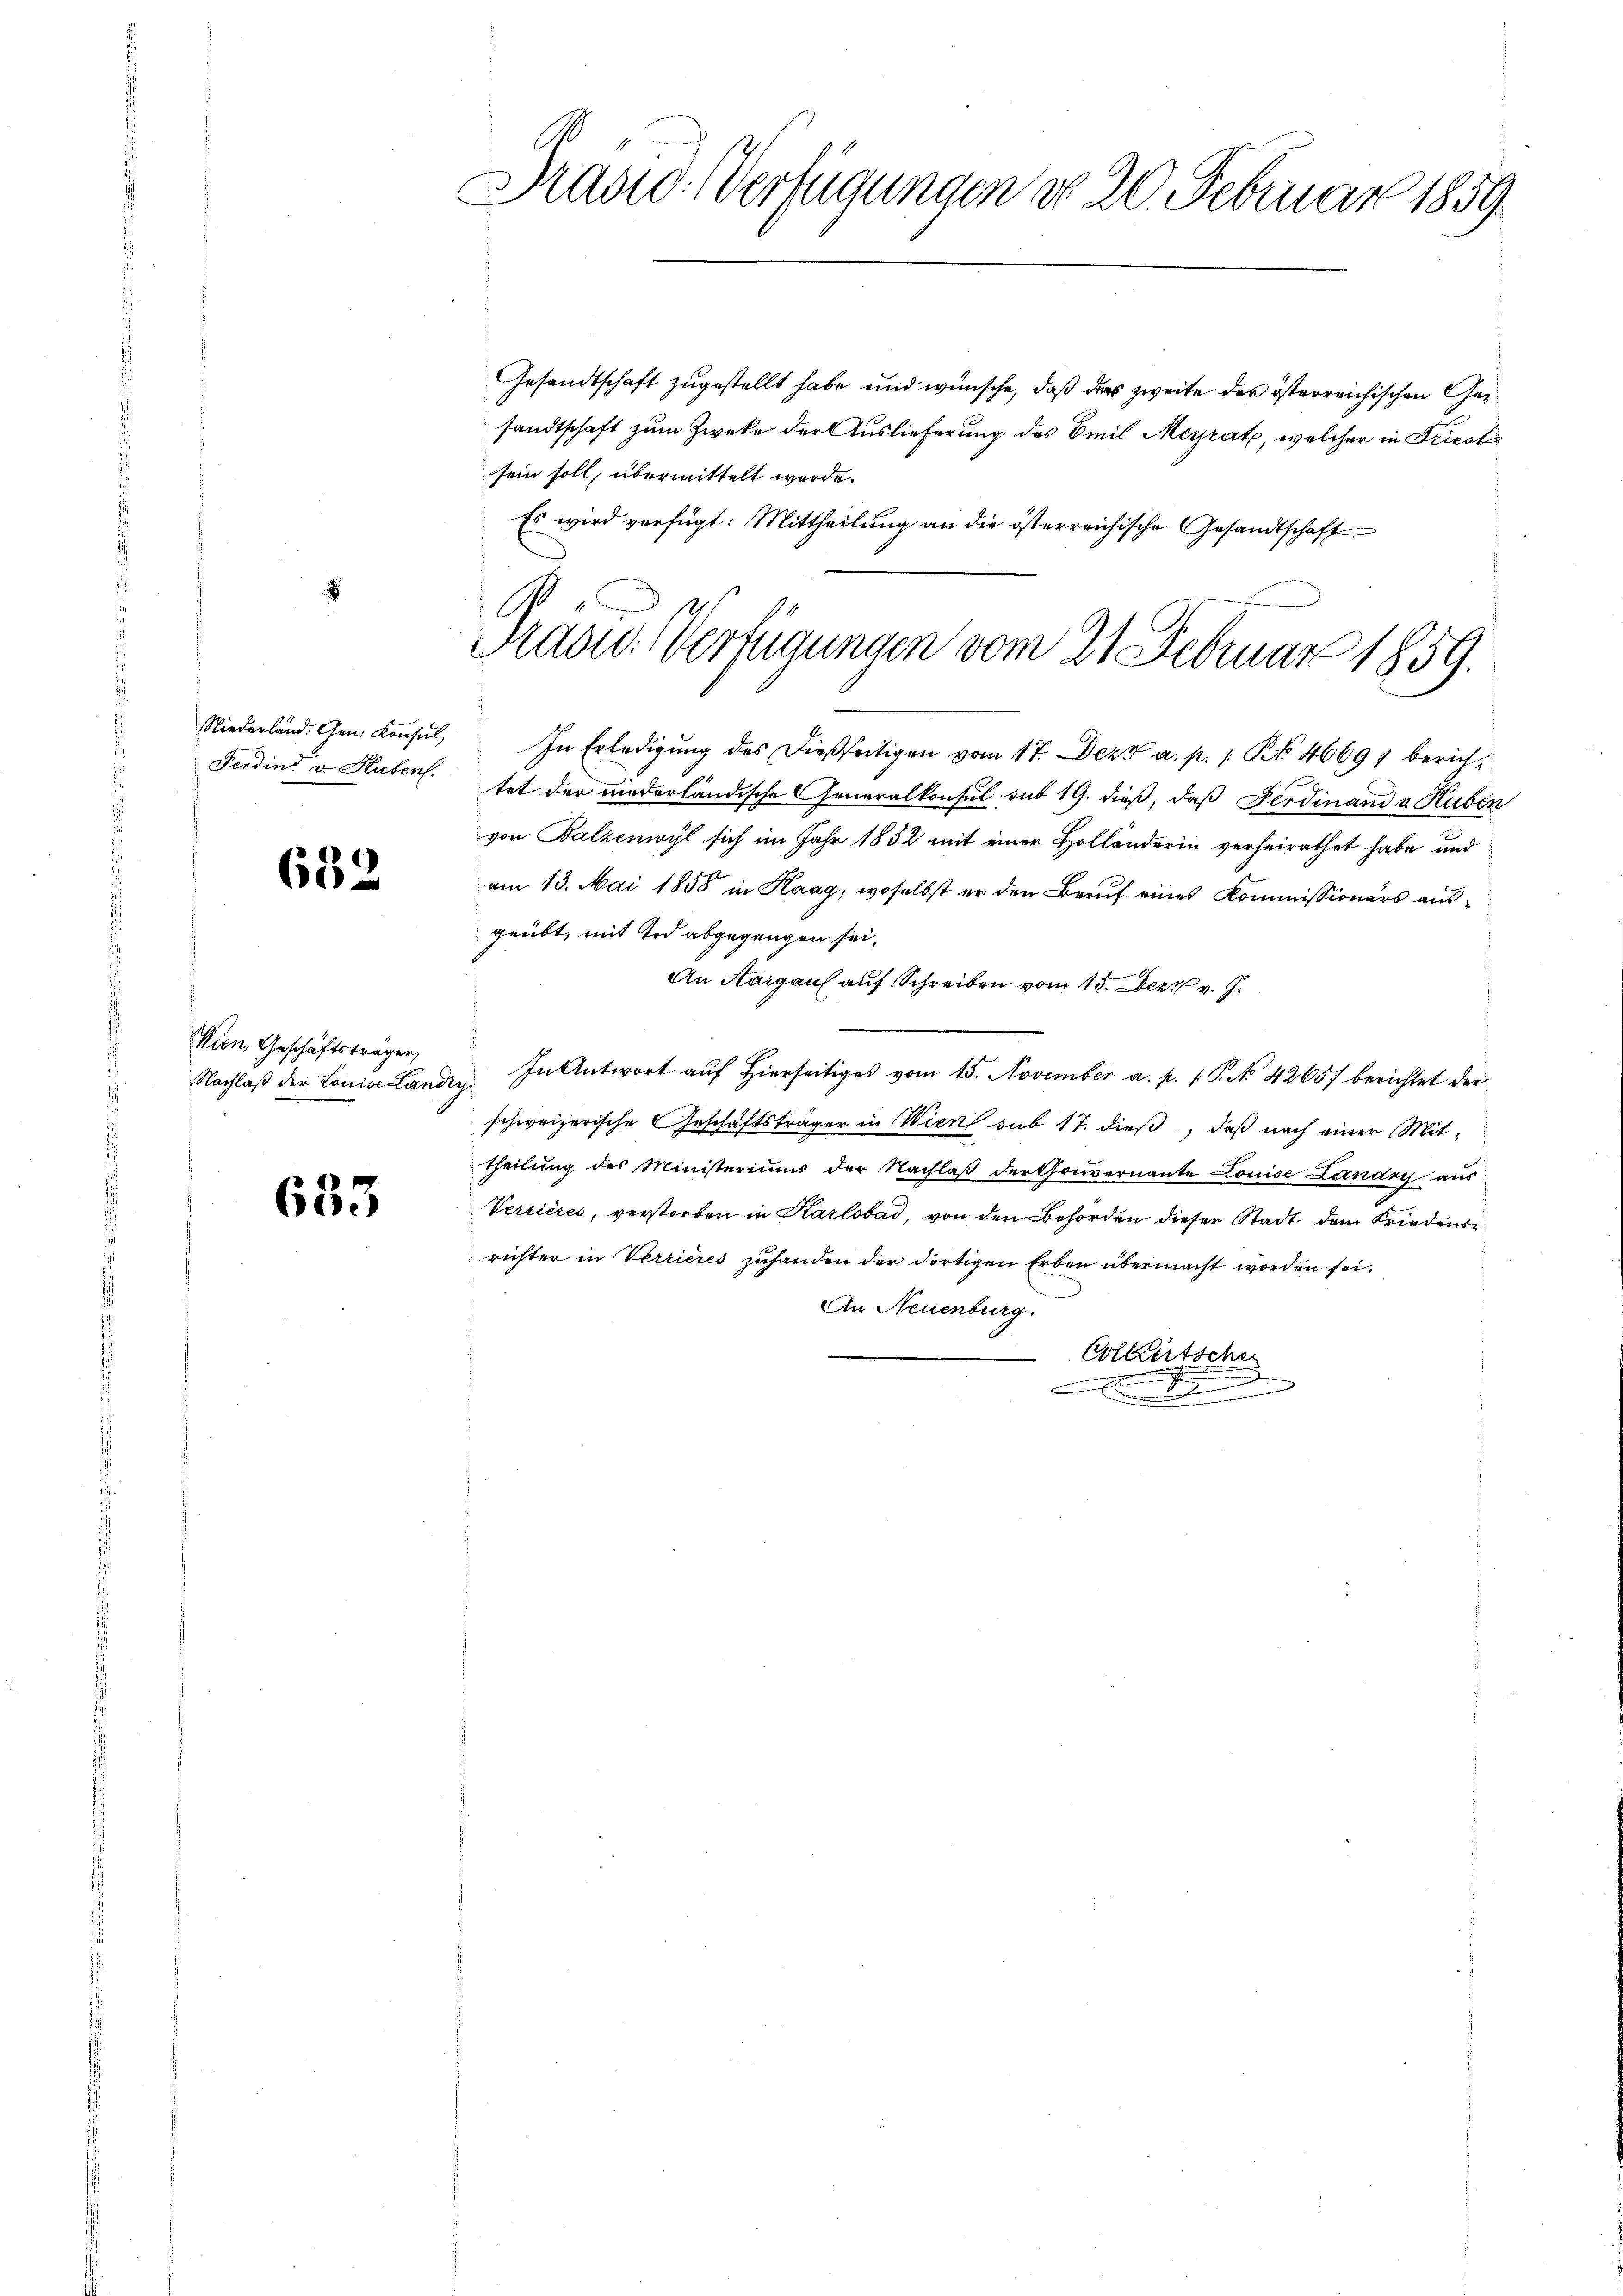
Ferdini v. Huben.

632

Wien, Geschäftsträgen,

633

Prasio-Verfügungen do 20. Februar 1859

Gesandtschaft zugestellt habe und wünsche, daß das zweite der österreichischen Gesandtschaft zum Zwecke der Auslieferung des Emil Meyrat, welcher in Friest
sein soll, übermittelt werde.
Es wird verfügt: Mittheilung an die österreichische Gesandtschaft

Radw. Verfügungen vom 21. Februar 1859.

Niederland. Gen. Konsul, In Erledigŭng des dießseitigen vom 17. Dez. a. p. 1. No. 46697 berichs
tet der niederländische Generalkonsul sub 19. dieß, daß Ferdinand v. Huben
von Balzenwyl sich im Jahr 1852 mit einer Holländerin verheirathet habe und
am 13. Mai 1858 in Haag, woselbst er den Beruf eines Kommissionärs ausgeübt, mit Tod abgegangen sei,
An Aargaus auf Schreiben vom 15. Dez. v. J.
Nachlaβ der Louise Landen. In Antwort auf hierseitiges vom 15. November a. p. 1. P. No 42657 berichtet der
schweizerische Geschäftsträger in Wien sub 17. dieß, daß nach einer Mittheilung des Ministeriums der Nachlaβ der Gouvernante Louise Landry aus
Verrieres, verstorben in Karlsbad, von den Behörden dieser Stadt dem Friedensrichter in Verrieres zuhanden der dortigen Erben übermacht worden sei.
An Neuenburg.
Colleutschei
a
x
d